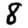
Digit: 8